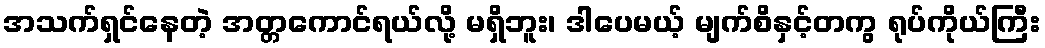
အသက်ရှင်နေတဲ့ အတ္တကောင်ရယ်လို့ မရှိဘူး၊ ဒါပေမယ့် မျက်စိနှင့်တကွ ရုပ်ကိုယ်ကြီး